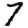
Digit: 7